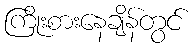
ကြိုးစားနေချိန်တွင်